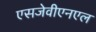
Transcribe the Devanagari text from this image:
एसजेवीएनएल